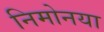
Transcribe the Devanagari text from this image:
निमोनया